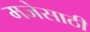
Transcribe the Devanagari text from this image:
मजेसाठी